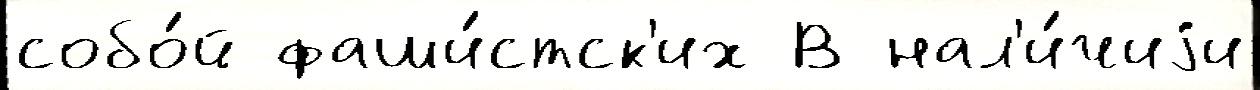
собо́й фаши́стск'их В нал'и́чиjи